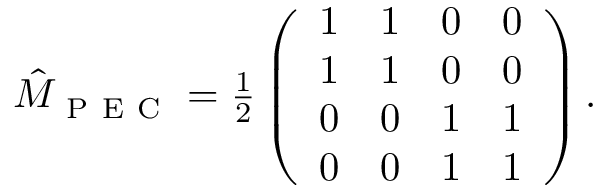
\begin{array} { r } { \hat { M } _ { \mathrm { ~ P ~ E ~ C ~ } } = \frac { 1 } { 2 } \left( \begin{array} { l l l l } { 1 } & { 1 } & { 0 } & { 0 } \\ { 1 } & { 1 } & { 0 } & { 0 } \\ { 0 } & { 0 } & { 1 } & { 1 } \\ { 0 } & { 0 } & { 1 } & { 1 } \end{array} \right) . } \end{array}